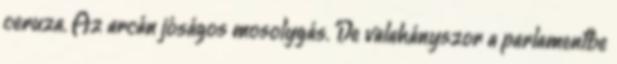
ceruza. Az arcán jóságos mosolygás. De valahányszor a parlamentbe